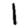
Digit: 1